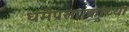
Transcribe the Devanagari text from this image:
धर्मप्रसारकांच्या